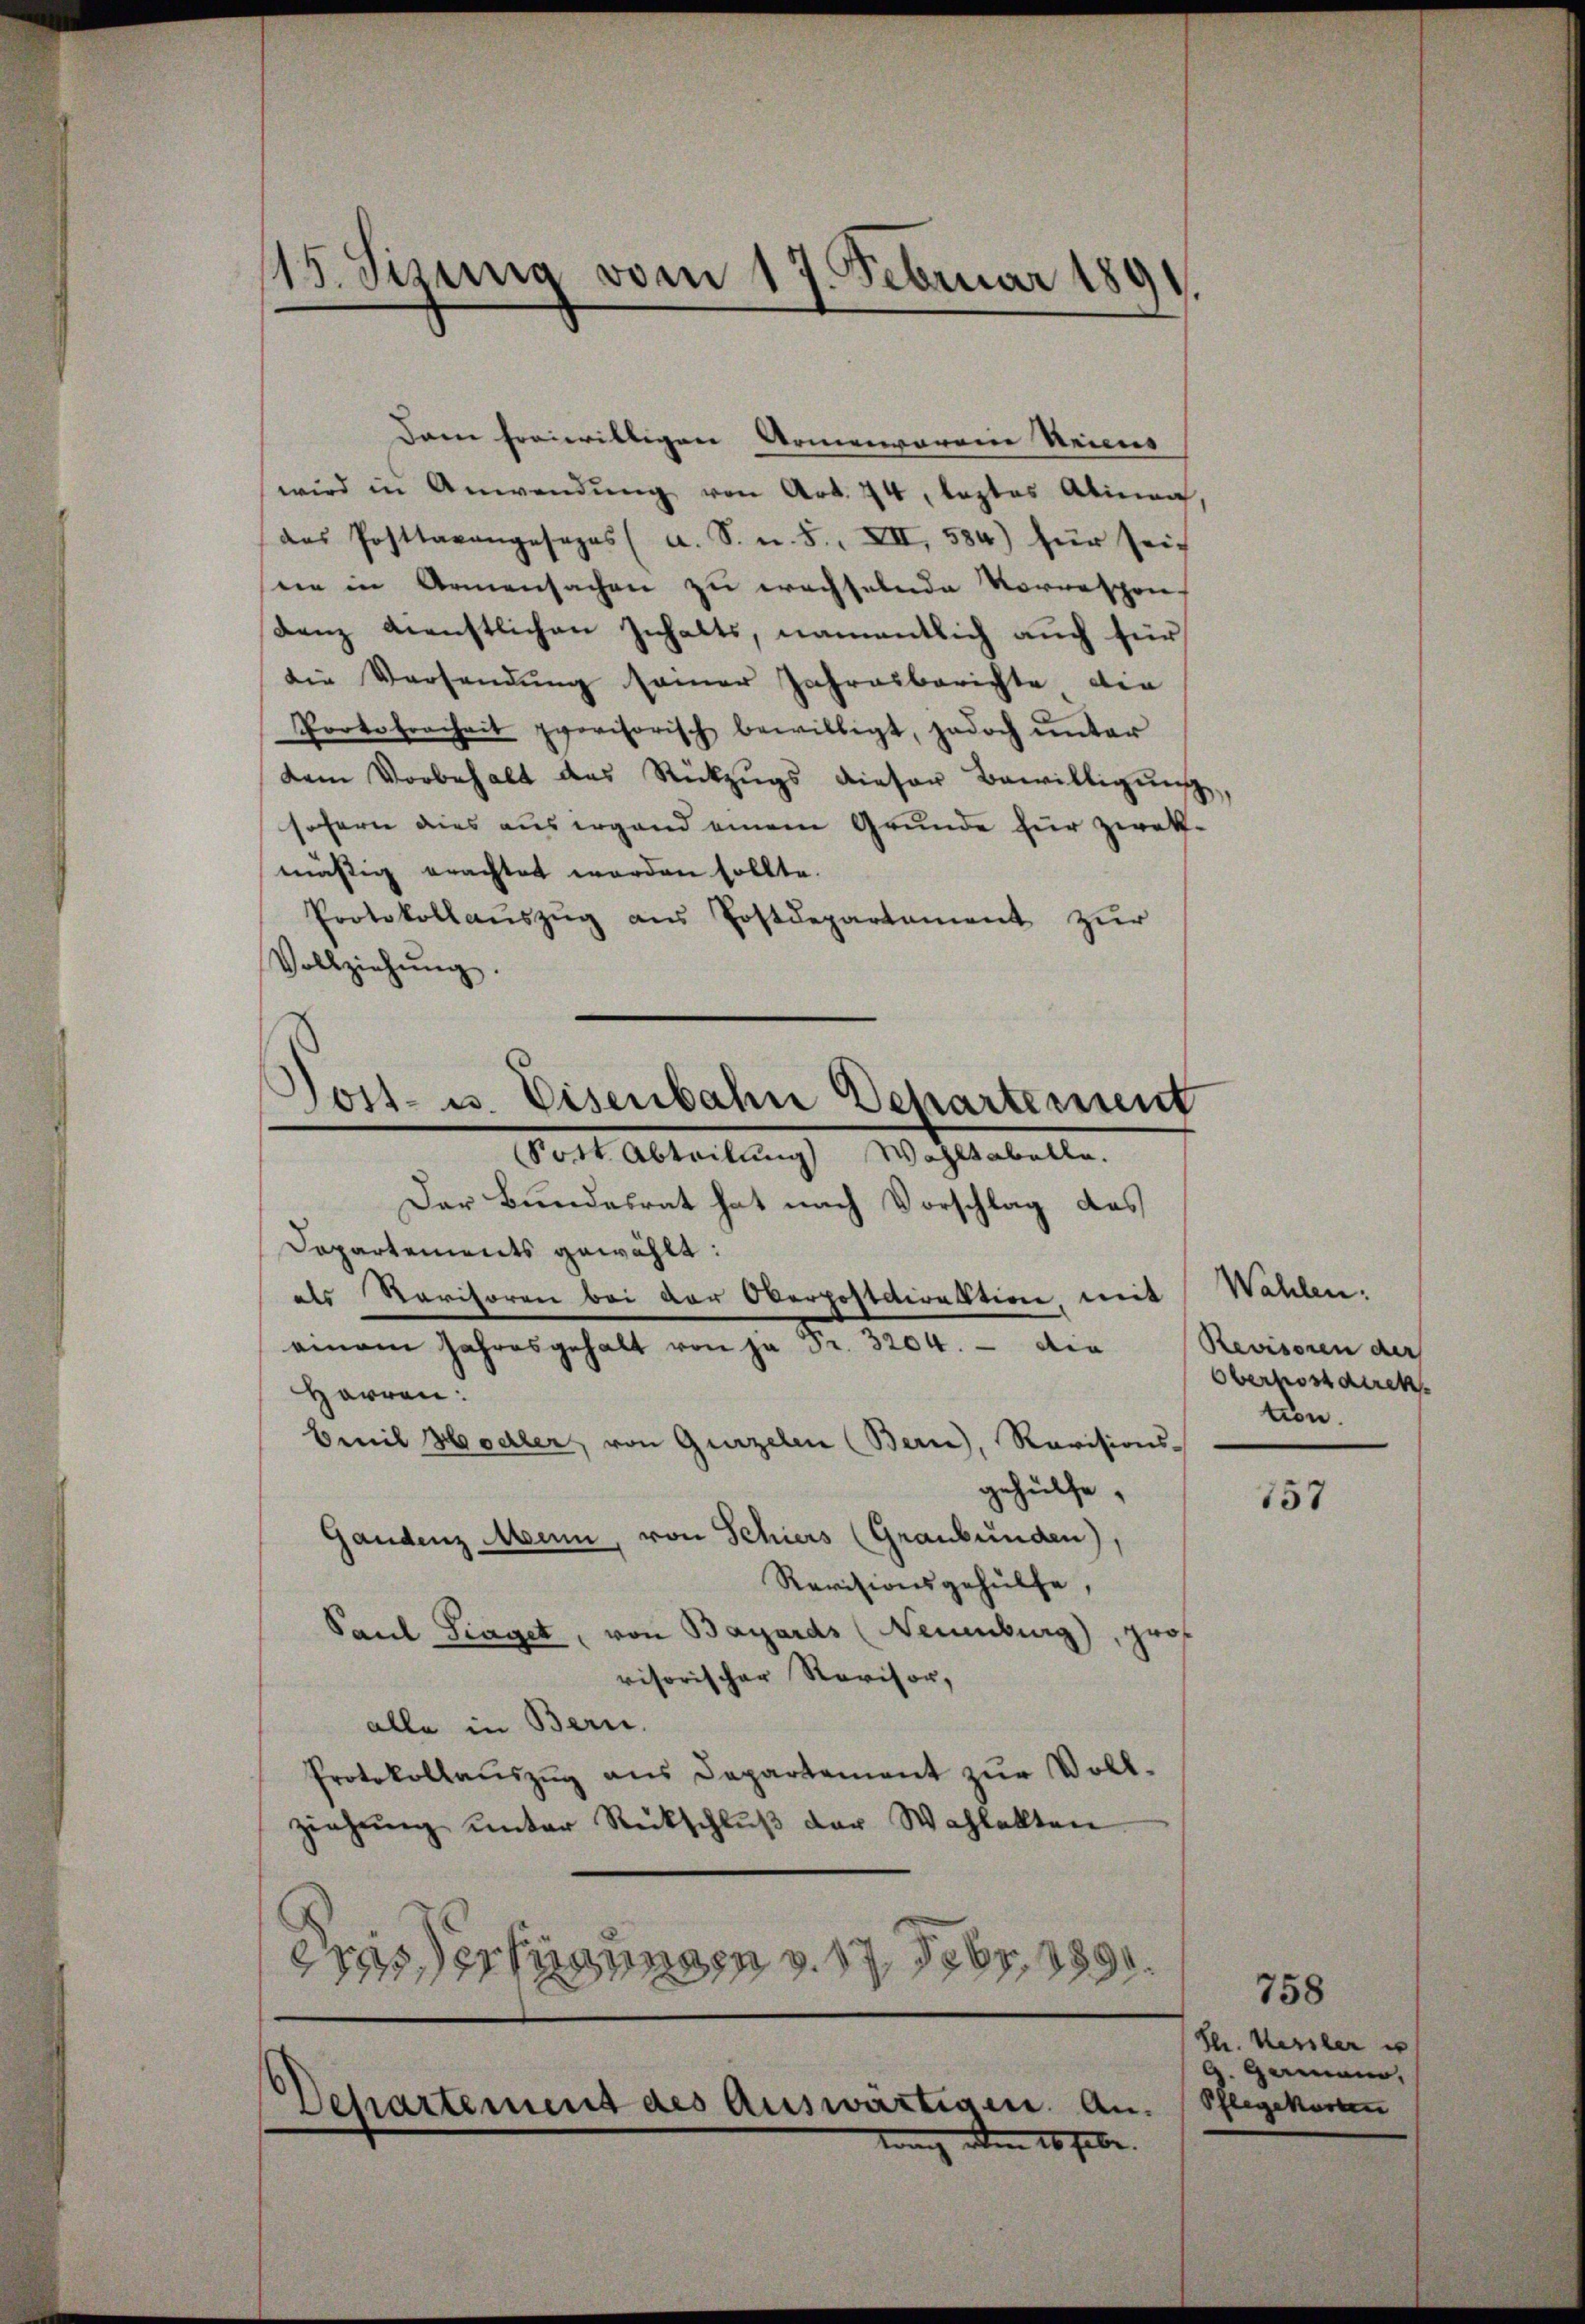
15. Sizung vom 17. Februar 189

Dann freiwilligen Armenvoreine Seiens
wird in Anwendŭng von Art. 74, leztes Alinea
das Posttaxangesages (a. S. n. 5. XII, 584) für seit
sein in Armensachen zu wachselnde Vorrespon
denz menstlichen Inhalts, namentlich auch für
die Versandŭng seiner Jahresberichte den
Portofreiheit provisorisch bewilligt, jedoch unter
dem Vorbehalt des Rückzŭgs dieser Bewilligŭng,
sofern dies aus irgend einem Grunde für zwekmäßig erachtet worden sollte.
Protokollaŭszŭg ans Postdepartement zur
Vollziehŭng.
Sott. Abteilung Wahltabelle.
Der Bundesrat hat nach Vorschlag des
Dopartements gewählt:
als Karitoren bei vor Overpostdirektion, mit
amam Jahresgehalt von ja Fr. 3204. die
Harren:
Emil Hodler, von Gurzelen (Bern), Revisions-
gehülfe.
Gandenz Mann, von Schiers (Graubünden),
Revisionsgehülfe,
Paul Fraget, von Bayards (Neuenburg), prof
visorischer Revisor,
alle in Bern.
Protokollaŭszŭg ans Departement zŭr Voll-
ziehŭng unter Rückschlŭβ der Wahlakten
21 erfungen v. 17. Febr. 189

Tost- u. Eisenbahn Departement

Departement des Auswärtigen. An-
tuung am 26. Febr.

Wahlen.
Revisoren der
Oberpostdirek
tion.

157

758
Hr. Verster i
 Gemein,
Pflegekosten